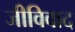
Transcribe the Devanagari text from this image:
जीविवाद